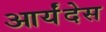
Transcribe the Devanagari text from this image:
आर्यंदेस